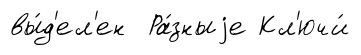
вы́д'ел'ен Ра́зныjе Кл'ючи́